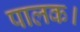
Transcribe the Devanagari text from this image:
पालक।